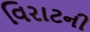
વિરાટની